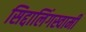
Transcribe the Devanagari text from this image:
सिद्दालिंगस्वामी